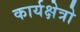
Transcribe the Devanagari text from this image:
कार्यक्षेत्रो